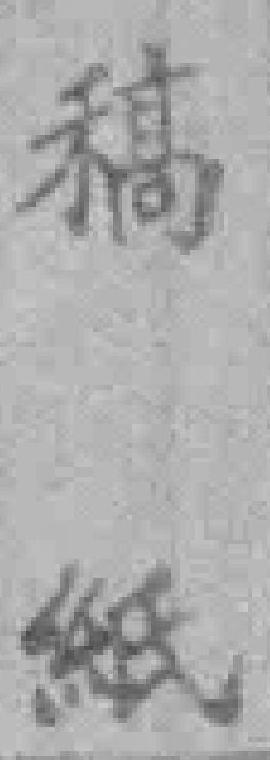
稿纸